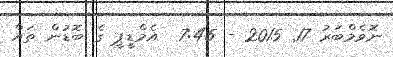
ނޮވެމްބަރު 17